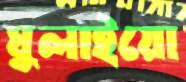
ঘুলাইয়ো